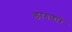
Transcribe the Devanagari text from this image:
डागणारे